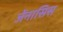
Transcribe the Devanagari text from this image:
जेंनासिस